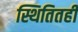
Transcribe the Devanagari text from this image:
स्थितितही